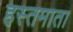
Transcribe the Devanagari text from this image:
हस्तमाता